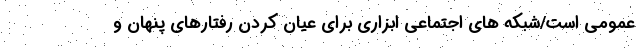
عمومی است/شبکه های اجتماعی ابزاری برای عیان کردن رفتارهای پنهان و